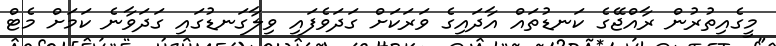
މީގެއިތުރުން ރާއްޖޭގެ ކަނޑުތައް އާދައިގެ ވަރަކަށް ގަދަވެފައި ވިލާގަނޑުގައި ގަދަވާނެ ކަމަށް މެޓް